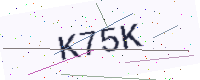
Text: K75K